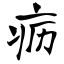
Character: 疬